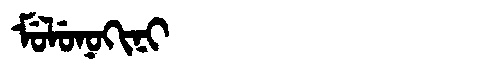
Manchu: ᠮᡠᠯᡠᠨᠣᡴᡳᠨᡳ
Romanization: MULUNOKINI